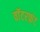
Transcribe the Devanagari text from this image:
वाॅटरफ़्रंट